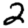
Digit: 2